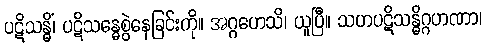
ပဋိသန္ဓိံ၊ ပဋိသန္ဓေစွဲနေခြင်းကို။ အဂ္ဂဟေသိ၊ ယူပြီ။ သဟပဋိသန္ဓိဂ္ဂဟဏာ၊